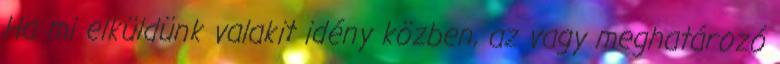
Ha mi elküldünk valakit idény közben, az vagy meghatározó